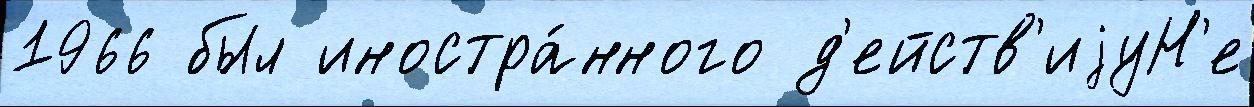
1966 был иностра́нного д'ейств'иjуН'е